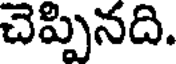
చెప్పినది.